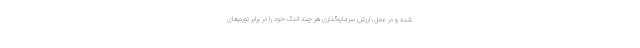
شده و در عمل، ارزش سرمایه‌گذاری هر چند اندک خود را در برابر تورم‌های